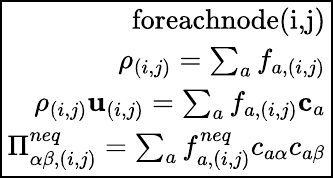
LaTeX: \boxed{\begin{array}{rcl}{\textrm{foreachnode(i,j)}}\\ {\rho_{(i,j)}=\sum_{a}f_{a,(i,j)}}\\ {\rho_{(i,j)}\mathbf{u}_{(i,j)}=\sum_{a}f_{a,(i,j)}\mathbf{c}_{a}}\\ {\Pi_{\alpha\beta,(i,j)}^{neq}=\sum_{a}f_{a,(i,j)}^{neq}c_{a\alpha}c_{a\beta}}\end{array}}